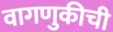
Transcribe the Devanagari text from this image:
वागणुकीची